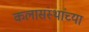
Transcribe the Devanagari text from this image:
कलासंस्थांच्या